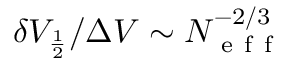
\delta V _ { \frac { 1 } { 2 } } / \Delta V \sim N _ { \mathrm { ~ e ~ f ~ f ~ } } ^ { - 2 / 3 }